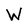
Character: W